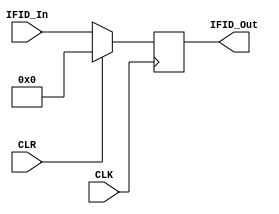
// `include "Memory/ram.v"
// `include "ControlUnit.v"
// `include "Support/Reg_PC.v"
// `include "Support/PC_4_Adder.v"
// `include "Support/Mux_CU.v"
// `include "Pipeline_Registers/IFID_Register.v"
// `include "Pipeline_Registers/IDEX_Register.v"
// `include "Pipeline_Registers/EXMEM_Register.v"
// `include "Pipeline_Registers/MEMWB_Register.v"

// Included modules in same file in order to submit only 1 file

module IFID_Register (
    output reg [31:0] IFID_Out,
    input [31:0] IFID_In,
    input CLK,
    input CLR
);

    always@ (posedge CLK) begin
        if(CLR) begin
            IFID_Out <= 32'b00000000000000000000000000000000;
        end
        else begin
            IFID_Out <= IFID_In;
        end
    end
endmodule

module IDEX_Register (
    output reg  Shift_Out,
    output reg [3:0] ALU_Out,
    output reg [1:0] Size_Out,
    output reg Enable_Out,
    output reg rw_Out,
    output reg Load_Out,
    output reg S_Out,
    output reg rf_Out,
    input Shift_In,
    input [3:0] ALU_In,
    input [1:0] Size_In,
    input Enable_In,
    input rw_In,
    input Load_In,
    input S_In,
    input rf_In,
    input CLK,
    input CLR
);

always@(posedge CLK) begin
        if(CLR) begin
            Shift_Out <= 1'b0;
            ALU_Out <= 4'b0000;
            Load_Out <= 1'b0;
            S_Out <= 1'b0;
            rf_Out <= 1'b0;
            Size_Out <= 2'b00;
            Enable_Out <= 1'b0;
            rw_Out <= 1'b0;
        end else begin
            Shift_Out <= Shift_In;
            ALU_Out <= ALU_In;
            Load_Out <= Load_In;
            S_Out <= S_In;
            rf_Out <= rf_In;
            Size_Out <= Size_In;
            Enable_Out <= Enable_In;
            rw_Out <= rw_In;
        end
    end
endmodule

module EXMEM_Register (
    output reg [1:0] Size_Out,
    output reg Enable_Out,
    output reg rw_Out,
    output reg  Load_Out,
    output reg rf_Out,
    input [1:0] Size_In,
    input Enable_In,
    input rw_In,
    input Load_In,
    input rf_In,
    input CLK,
    input CLR
);

    always@(posedge CLK) begin
        if(CLR) begin
            Load_Out <= 1'b0;
            rf_Out <= 1'b0;
            Size_Out <= 2'b00;
            Enable_Out <= 1'b0;
            rw_Out <= 1'b0;
        end else begin
            Load_Out <= Load_In;
            rf_Out <= rf_In;
            Size_Out <= Size_In;
            Enable_Out <= Enable_In;
            rw_Out <= rw_In;
        end
    end
endmodule

module MEMWB_Register (
    output reg  Load_Out,
    output reg rf_Out,
    input Load_In,
    input rf_In,
    input CLK,
    input CLR
);

always@(posedge CLK) begin
        if(CLR) begin
            Load_Out <= 1'b0;
            rf_Out <= 1'b0;
        end else begin
            Load_Out <= Load_In;
            rf_Out <= rf_In;
        end
    end
endmodule

module inst_ram256x8(output reg[31:0] DataOut, input[31:0] Address);        
   reg[7:0] Mem[0:255]; // 256 8-byte addresses
    always @ (Address)  begin                
        // Instruction start at even, multiples of 4, addresses
        if(Address % 4 == 0) begin           
            DataOut = {Mem[Address],Mem[Address + 1], Mem[Address + 2], Mem[Address + 3]};  
        end else begin
            DataOut = Mem[Address];
        end                
    end
endmodule

module reg_PC(PC_out, PC_in, LE, CLK, CLR);
    output reg [31:0] PC_out;
    input [31:0] PC_in;
    input LE, CLK, CLR;         // LE, Clock and Reset

    always @ (posedge CLK, posedge CLR) begin
        if(CLR) PC_out <= 32'b00000000000000000000000000000000;

        else if(LE) PC_out <= PC_in;
    end
endmodule

module PC_4_Adder (
    output reg [31:0] PC_4,
    input [31:0] PC
);
    always@ (PC) begin
        PC_4 <= PC + 4;
    end
endmodule

module Control_Unit (
    output reg ID_shift_imm,
    output reg [3:0] ID_ALU_Op,
    output reg [1:0] mem_size,
    output reg mem_enable,
    output reg mem_RW,
    output reg ID_Load_Inst,
    output reg S,
    output reg ID_RF_enable,
    output reg ID_B_instr,
    output reg B_L,
    input [31:0] I
);
    always@ (I) begin
        case(I[27:25])
            3'b000:begin        // Data Processing Imm Shift
                S = I[20];
                ID_ALU_Op = I[24:21];
                ID_RF_enable = 1'b1;
                ID_B_instr = 1'b0;
                B_L = 1'b0;
                ID_shift_imm = 1'b1;
                mem_size = 1'b0;
                mem_enable = 1'b0;
                mem_RW = 1'b0;
                ID_Load_Inst = 1'b0;
            end
            3'b001:begin        // Data Processing Imm
                S = I[20];
                ID_ALU_Op = I[24:21]; 
                ID_RF_enable = 1'b1; 
                ID_B_instr = 1'b0;
                B_L = 1'b0;
                ID_shift_imm = 1'b0;
                mem_size = 1'b0;
                mem_enable = 1'b0;
                mem_RW = 1'b0;
                ID_Load_Inst = 1'b0;
            end
            3'b010:begin        // Load Store imm offset
                S = 1'b0;
                ID_shift_imm = 1'b0; 
                ID_Load_Inst = I[20]; 
                ID_B_instr = 1'b0;
                B_L = 1'b0;
                mem_size = I[22:21];
                // Store
                if(I[20] == 1'b0) begin 
                    ID_RF_enable = 1'b0;
                    mem_enable = 1'b1;
                    mem_RW = 1'b1;
                end
                // Load
                else begin
                    ID_RF_enable = 1'b1; 
                    mem_enable = 1'b0;
                    mem_RW = 1'b0;
                end 
                if(I[23] == 1) begin
                    ID_ALU_Op = 4'b0100; // add
                end
                else begin
                    ID_ALU_Op = 4'b0010; // sub
                end    
            end
            3'b011:begin        // Load Store reg offset
                S = 1'b0;
                ID_Load_Inst = I[20];
                mem_size = I[22:21];
                ID_shift_imm = 1'b0; 
                ID_B_instr = 1'b0;
                B_L = 1'b0;
                // Plus
                if(I[23]== 1'b1) begin 
                    ID_ALU_Op = 4'b0100;
                end
                // Minus
                else begin  
                    ID_ALU_Op = 4'b0010; 
                end
                // S
                if(I[20] == 1'b0) begin
                    ID_RF_enable = 1'b0;
                    mem_RW = 1'b1;
                end 
                // L
                else begin
                    ID_RF_enable = 1'b1; 
                    mem_RW = 1'b0;
                end
            end
            3'b101:begin        // B/L
                ID_B_instr = 1'b1;
                mem_enable = 1'b0;
                S = 1'b0; 
                ID_shift_imm = 1'b0;  
                ID_Load_Inst = 1'b0;  
                ID_RF_enable = 1'b0;
                mem_RW = 1'b0;
                mem_size = 1'b0;                 
                // Branch
                if(I[24] == 1'b0) begin 
                    B_L = 1'b0; 
                    ID_ALU_Op = 4'b0010;
                end 
                else begin 
                    // Link 
                    B_L = 1'b1; 
                    ID_ALU_Op = 4'b0100;
                end
            end
        endcase

        if(I == 32'b00000000000000000000000000000000) begin    // NOP
            S = 1'b0;
            ID_ALU_Op = 4'b0000;
            ID_RF_enable = 1'b0;
            ID_B_instr = 1'b0;
            ID_shift_imm = 1'b0;
            mem_size = 2'b00;
            mem_enable = 1'b0;
            mem_RW = 1'b0;
            ID_Load_Inst = 1'b0;
        end
    end
endmodule

module Mux_CU (
    output reg Shift_out,
    output reg [3:0] ALU_out,
    output reg [1:0] size_out,
    output reg enable_out,
    output reg rw_out,
    output reg load_out,
    output reg S_out,
    output reg RF_out,
    input Shift_in,
    input [3:0] ALU_in,
    input [1:0] size_in,
    input enable_in,
    input rw_in,
    input load_in,
    input S_in,
    input RF_in,
    input sel
);
    always@ (Shift_in, ALU_in, size_in, enable_in, rw_in, load_in, S_in, RF_in, sel) begin
        if(sel == 0) begin
            Shift_out = Shift_in;
            ALU_out = ALU_in;
            size_out = size_in;
            enable_out = enable_in;
            rw_out = rw_in;
            load_out = load_in;
            S_out = S_in;
            RF_out = RF_in;
        end else begin          // NOP
            Shift_out = 1'b0;
            ALU_out = 4'b0000;
            size_out = 2'b00;
            enable_out = 1'b0;
            rw_out = 1'b0;
            load_out = 1'b0;
            S_out = 1'b0;
            RF_out = 1'b0;
        end
    end
endmodule

// This module is to initialize and connect everything for phase 3
// Reference /docs/diagrama fase 3.pdf

// Input:
// 00000000000000000000000000000000 (NOP)
// 00000000000000000000000000000000 (NOP)
// 00000000000000000000000000000000 (NOP)
// 11100000100000100101000000000101 (ADD R5,R2,R5)          Add
// 11100010010100110011000000000001 (SUBS R3,R3, #1)        Sub
// 00011010111111111111111111111101 (BNE -3)                Branch
// 11100101110000010101000000000011 (STRB R5, [R1,#3])      Store
// 11011011000000000000000000000001 (BLLE +2)               Branch and Link
// 00000000000000000000000000000000 (NOP)
// 00000000000000000000000000000000 (NOP)
// 00000000000000000000000000000000 (NOP)
// 00000000000000000000000000000000 (NOP)
module Phase_3();
    reg [31:0] addr;
    wire [31:0] Inst_out;
    wire [31:0] Out;

    // CU outputs
    wire ID_shift_imm;
    wire [3:0] ID_ALU_op;
    wire ID_load_instr;
    wire ID_RF_enable;
    wire ID_B_instr;
    wire B_L;
    wire [1:0] size_ID;
    wire enable_ID;
    wire rw_ID;
    wire s_ID;

    // CU_MUX outputs
    wire shift_imm_CU;
    wire [3:0] ALU_Op_CU;
    wire [1:0] size_CU;
    wire enable_CU;
    wire rw_CU;
    wire Load_Inst_CU;
    wire s_CU;
    wire RF_enable_CU;
    wire select_mux = 1'b0;         // Control Unit MUX select always 0

    // IF outputs
    wire shift_imm_IF;
    wire [3:0] ALU_Op_IF;
    wire [1:0] size_IF;
    wire enable_IF;
    wire rw_IF;
    wire Load_Inst_IF;
    wire s_IF;
    wire RF_enable_IF;

    // EX outputs
    wire shift_imm_EX;
    wire [3:0] ALU_Op_EX;
    wire [1:0] size_EX;
    wire enable_EX;
    wire rw_EX;
    wire Load_Inst_EX;
    wire change_EX;
    wire RF_enable_EX;

    // MEM outputs
    wire [1:0] size_MEM;
    wire enable_MEM; 
    wire rw_MEM;
    wire Load_Inst_MEM;
    wire RF_enable_MEM;

    // WB outputs
    wire Load_Inst_WB;
    wire RF_enable_WB;

    // Adder output
    wire [31:0] PC_4;

    // Register PC output and inputs
    wire [31:0] PC;
    reg LE = 1'b1;
    reg CLK;
    reg CLR;

    integer fi, code;
    reg [31:0] data;

    // Instantiate and precharge RAM
    inst_ram256x8 ram1 (Inst_out, PC);
    initial begin
        fi = $fopen("Memory/ramintr.txt","r");          // Input file
        addr = 32'b00000000000000000000000000000000;
            while (!$feof(fi)) begin 
                code = $fscanf(fi, "%b", data);
                ram1.Mem[addr] = data;
                addr = addr + 1;
            end
        $fclose(fi);
            addr = 32'b00000000000000000000000000000000;
    end

    // Instantiate all modules
    reg_PC PC_R(PC, PC_4, LE, CLK, CLR);
    PC_4_Adder PC4(PC_4, PC);
    IFID_Register if_id (Out, Inst_out, CLK, CLR);
    Control_Unit c_u (shift_imm_CU,ALU_Op_CU,size_CU,enable_CU,rw_CU,Load_Inst_CU,s_CU,RF_enable_CU,B_instr_CU,B_L,Out);
    Mux_CU c_u_mux(ID_shift_imm,ID_ALU_op,size_ID,enable_ID,rw_ID,ID_load_instr,s_ID,ID_RF_enable,shift_imm_CU,ALU_Op_CU,size_CU,enable_CU,rw_CU,Load_Inst_CU,s_CU,RF_enable_CU,select_mux);
    IDEX_Register id_ex(shift_imm_EX,ALU_Op_EX,size_EX,enable_EX,rw_EX,Load_Inst_EX,change_EX,RF_enable_EX,ID_shift_imm,ID_ALU_op,size_ID,enable_ID,rw_ID,ID_load_instr,s_ID,ID_RF_enable,CLK,CLR);
    EXMEM_Register ex_mem(size_MEM,enable_MEM,rw_MEM,Load_Inst_MEM,RF_enable_MEM,size_EX,enable_EX,rw_EX,Load_Inst_EX,RF_enable_EX,CLK,CLR);
    MEMWB_Register mem_wb(Load_Inst_WB,RF_enable_WB,Load_Inst_MEM,RF_enable_MEM,CLK,CLR);

    // Clk & Clr
    initial begin
        CLK = 1'b1;
        CLR = 1'b0;
        #1 CLR = ~CLR;
        repeat(11) begin
        #5;
        CLK = ~CLK;
        CLK = ~CLK;
        CLR = 1'b0;
        end
    end

    initial begin
        #5;
        $display("\n       Phase 3 Simulation       ");
        $display ("\n      PC+4   IFID_IN                           IFID_OUT                          C_U_OUT SHIFT OPCODE SIZE EN_MEM R/W LOAD S RF B B_L IDEX SHIFT OPCODE SIZE EN_MEM R/W LOAD S RF EXMEM SIZE EN_MEM RW LOAD RF MEMWB LOAD RF");
        $monitor("%d   %b  %b        | %b     %b   %b    %b     %b   %b    %b %b  %b  %b     | %b     %b   %b    %b      %b   %b    %b %b      | %b    %b      %b  %b    %b    | %b    %b", 
                PC_4, Inst_out, Out,shift_imm_CU,ALU_Op_CU,size_CU,enable_CU,rw_CU,Load_Inst_CU,s_CU,RF_enable_CU,B_instr_CU, B_L, shift_imm_EX,ALU_Op_EX,size_EX,enable_EX,rw_EX,Load_Inst_EX,change_EX,RF_enable_EX, size_MEM,enable_MEM,rw_MEM,Load_Inst_MEM,RF_enable_MEM, Load_Inst_WB,RF_enable_WB);
    end
endmodule